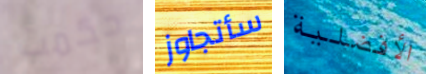
حكمت سأتجاوز الأفضلية